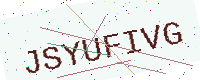
Text: JSYUFIVG